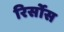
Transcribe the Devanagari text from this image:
रिर्सोस